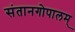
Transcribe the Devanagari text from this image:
संतानगोपालम्